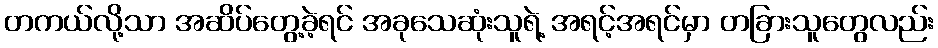
တကယ်လို့သာ အဆိပ်တွေ့ခဲ့ရင် အခုသေဆုံးသူရဲ့ အရင့်အရင်မှာ တခြားသူတွေလည်း